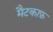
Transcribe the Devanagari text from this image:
मैटकाफ़